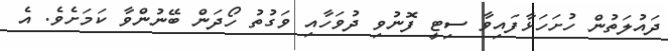
ދައުލަތުން ހުށަހަޅާފައިވާ ސިޓީ ފޮނުވި ދުވަހާއި ވަގުތު ހޯދަން ބޭނުންވާ ކަމަށެވެ. އެ